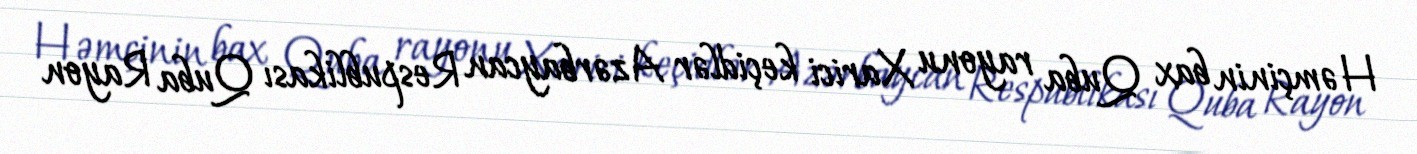
Həmçinin bax Quba rayonu Xarici keçidlər Azərbaycan Respublikası Quba Rayon